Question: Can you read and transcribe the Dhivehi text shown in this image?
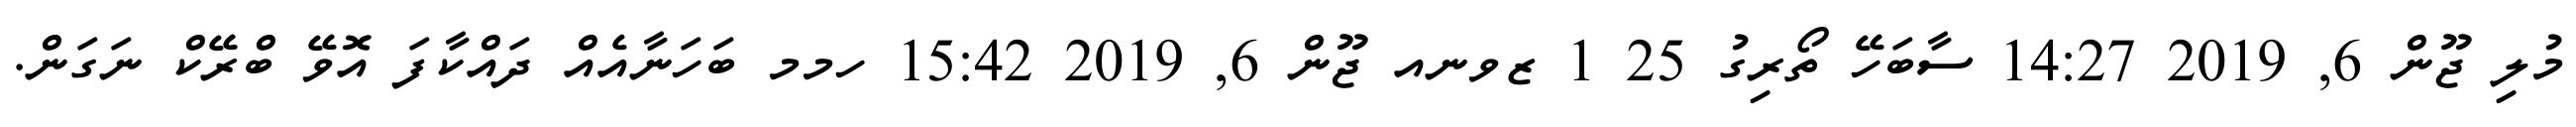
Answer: މުލި ޖޫން 6, 2019 14:27 ސާބަހޭ ތޯރިގު 25 1 ޒވނއ ޖޫން 6, 2019 15:42 ހމމ ބަހަނާއެއް ދައްކާފަ އޮވޭ ބްރޭކް ނަގަން.